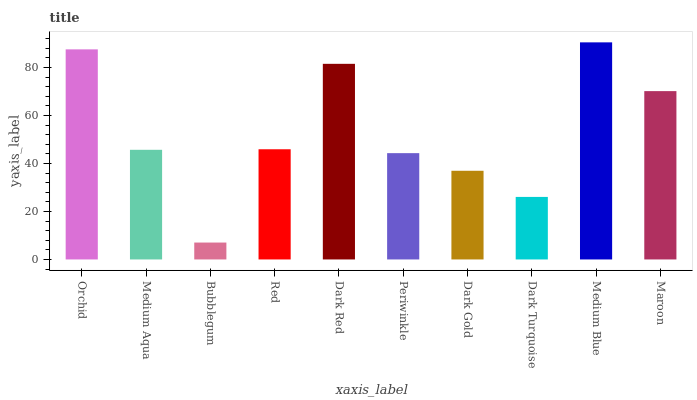
| xaxis_label | bars |
 | --- | --- |
 | Orchid | 87.5 |
 | Medium Aqua | 45.7 |
 | Bubblegum | 7.05 |
 | Red | 45.9 |
 | Dark Red | 81.5 |
 | Periwinkle | 44.3 |
 | Dark Gold | 37 |
 | Dark Turquoise | 26.1 |
 | Medium Blue | 90.5 |
 | Maroon | 70.1 |